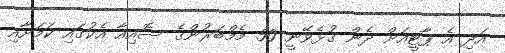
އަދި އެ ޕާޓީއަށް ދެން ގުޅެވޭނީ 50 މެމްބަރުންގެ ސޮއިއާ އެކުގައި ކަމަށާއި